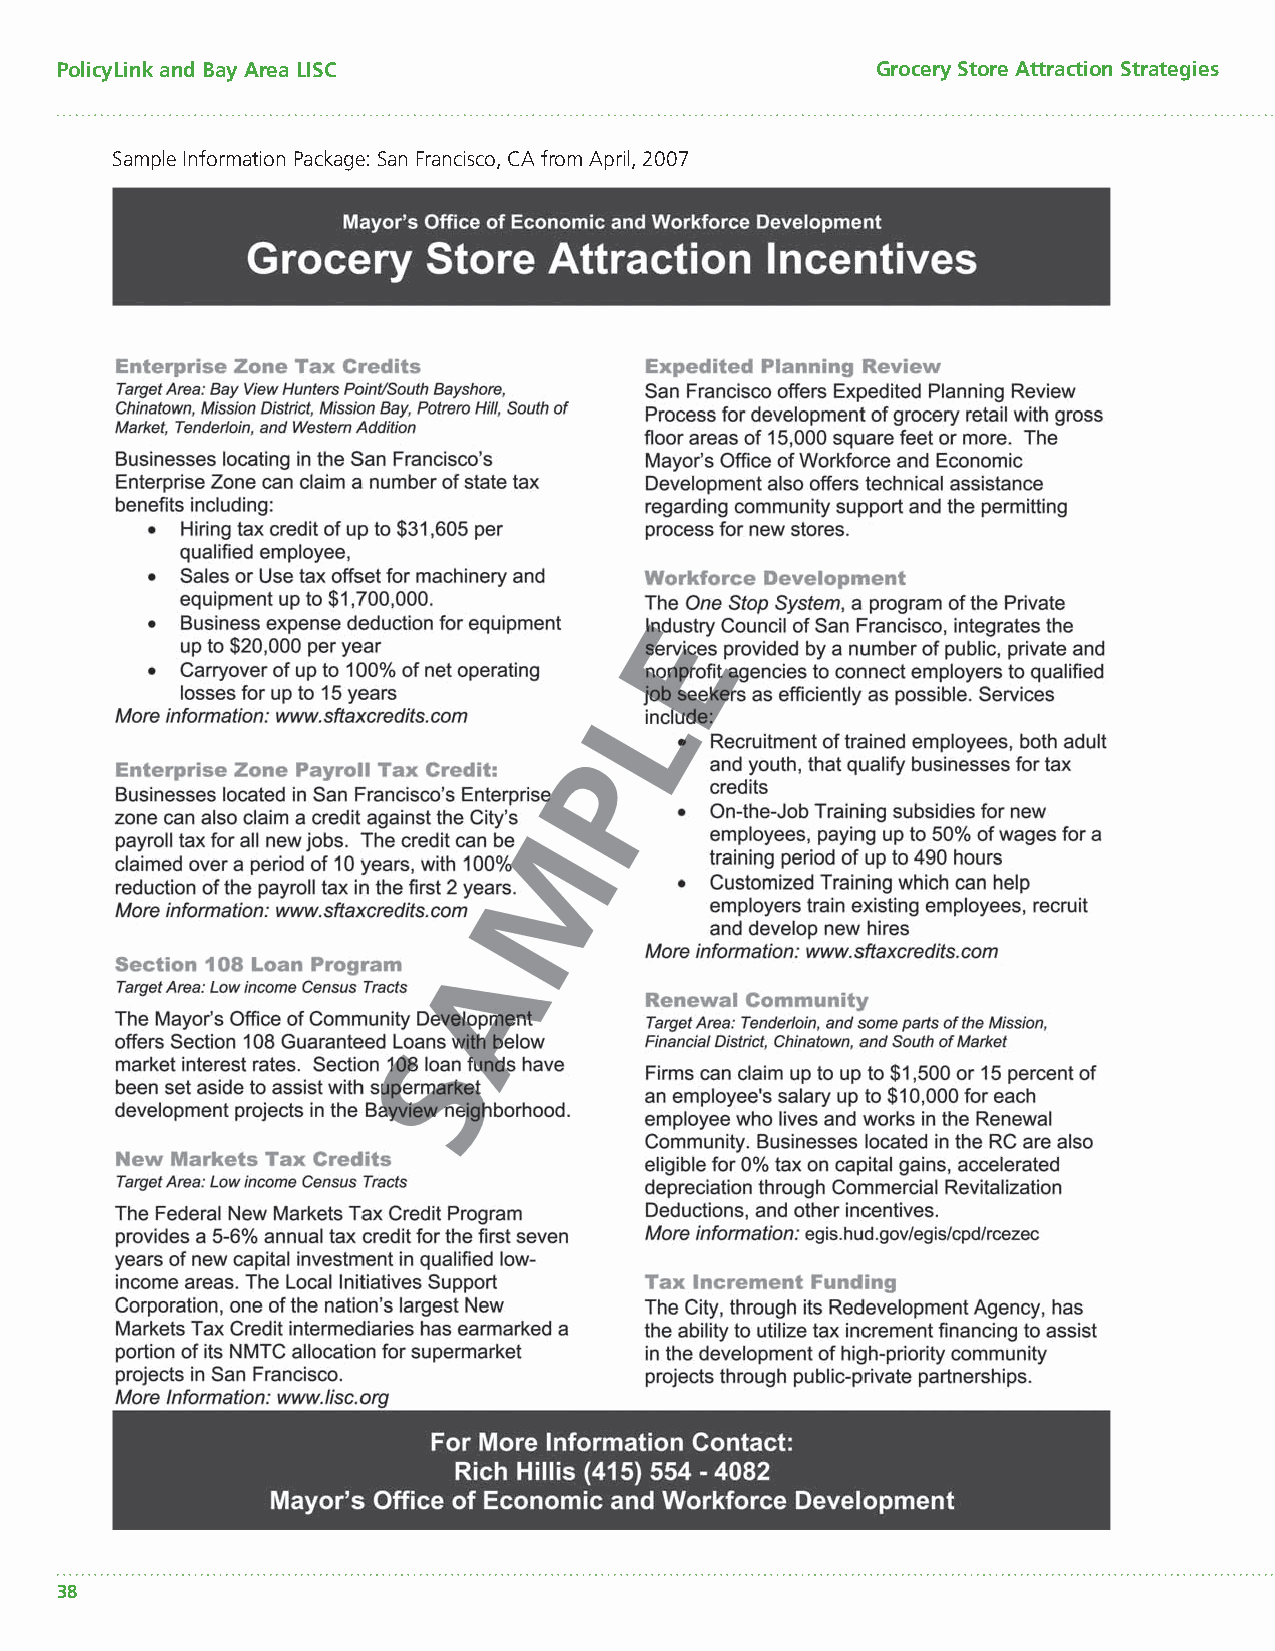
PolicyLink and Bay Area LISC                          Grocery Store Attraction Strategies
 Sample Information Package: San Francisco, CA from April, 2007
 38